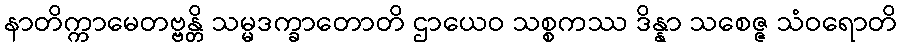
နာတိက္ကာမေတဗ္ဗန္တိ သမ္မဒက္ခာတောတိ ဌာယေဝ သစ္စကဿ ဒိန္နာ သစေဇ္ဇ သံဝရောတိ